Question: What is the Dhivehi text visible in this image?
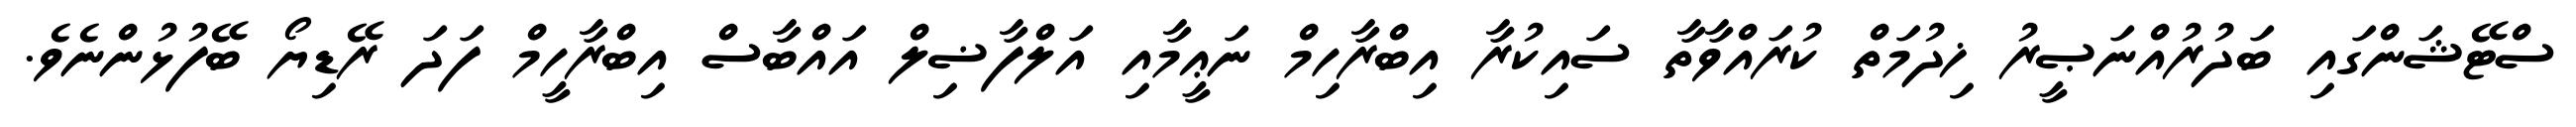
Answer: ސްޓޭޝަންގައި ބަދުރުއްނަޞީރު ޚިދުމަތް ކުރައްވާތާ ސައިކުރާ އިބްރާހިމް ނަޢީމާއި އަލްފާޟިލް އައްބާސް އިބްރާހީމް ފަދަ ރޭޑިޔޯ ބޭފުޅުންނެވެ.